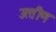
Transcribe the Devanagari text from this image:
उत्‍तीण